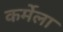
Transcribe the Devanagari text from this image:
कर्मेला